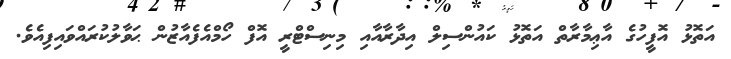
އަތޮޅު އޮފީހުގެ އާޢިމާރާތް އަތޮޅު ކައުންސިލް އިދާރާއާއި މިނިސްޓްރީ އޮފް ހޯމްއެފެއާޒުން ޙަވާލުކުރައްވައިފިއެވެ.